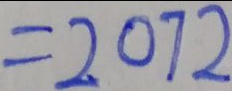
= 2 0 7 2